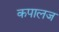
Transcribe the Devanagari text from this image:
कपालज